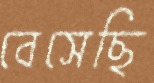
বেসেছি